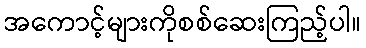
အကောင့်များကိုစစ်ဆေးကြည့်ပါ။